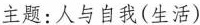
主题:人与自我(生活)